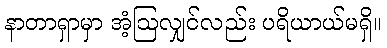
နာတာရှာမှာ အံ့ဩလျှင်လည်း ပရိယာယ်မရှိ။